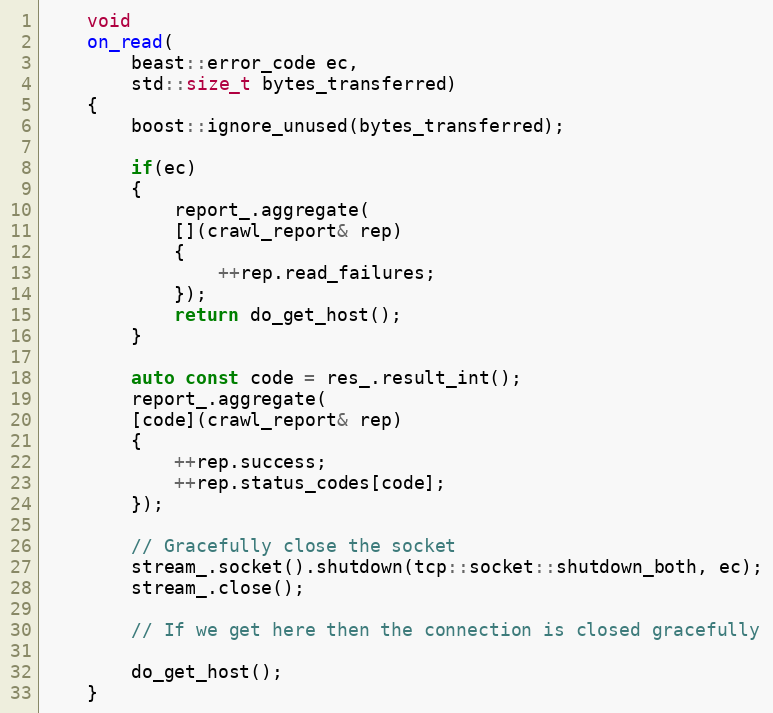
Language: C++
    void
    on_read(
        beast::error_code ec,
        std::size_t bytes_transferred)
    {
        boost::ignore_unused(bytes_transferred);

        if(ec)
        {
            report_.aggregate(
            [](crawl_report& rep)
            {
                ++rep.read_failures;
            });
            return do_get_host();
        }

        auto const code = res_.result_int();
        report_.aggregate(
        [code](crawl_report& rep)
        {
            ++rep.success;
            ++rep.status_codes[code];
        });

        // Gracefully close the socket
        stream_.socket().shutdown(tcp::socket::shutdown_both, ec);
        stream_.close();

        // If we get here then the connection is closed gracefully

        do_get_host();
    }